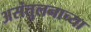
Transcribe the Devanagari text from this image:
असंतुलनाच्या